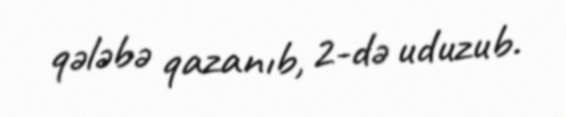
qələbə qazanıb, 2-də uduzub.